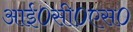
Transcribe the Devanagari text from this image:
आई०सी०एस०